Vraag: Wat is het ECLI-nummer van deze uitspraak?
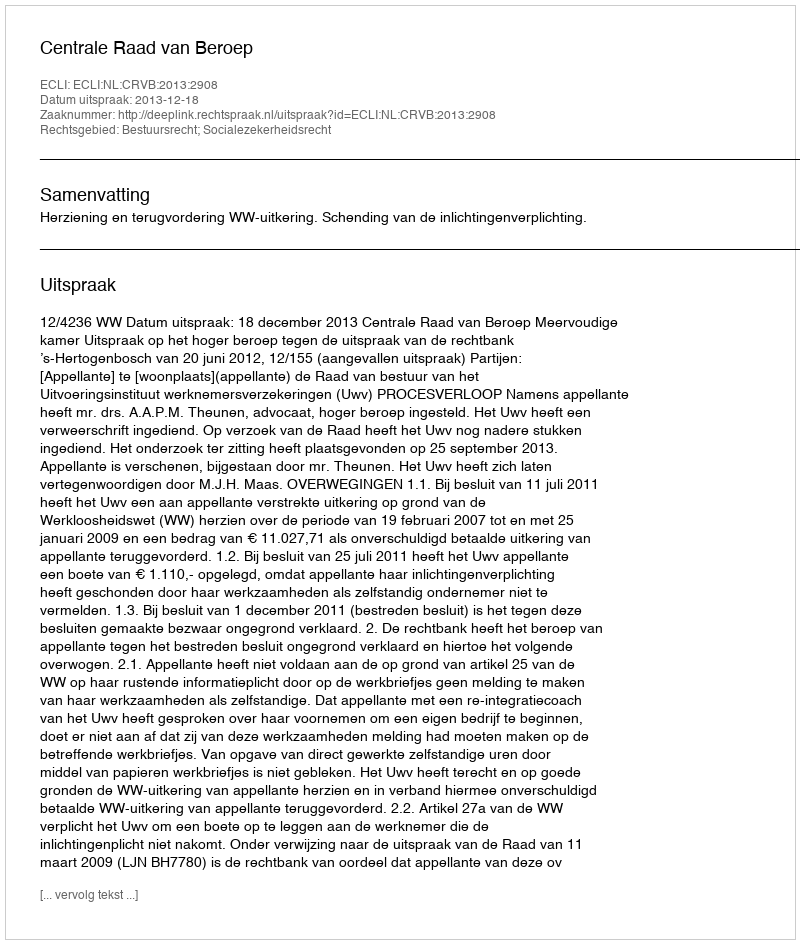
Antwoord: ECLI:NL:CRVB:2013:2908